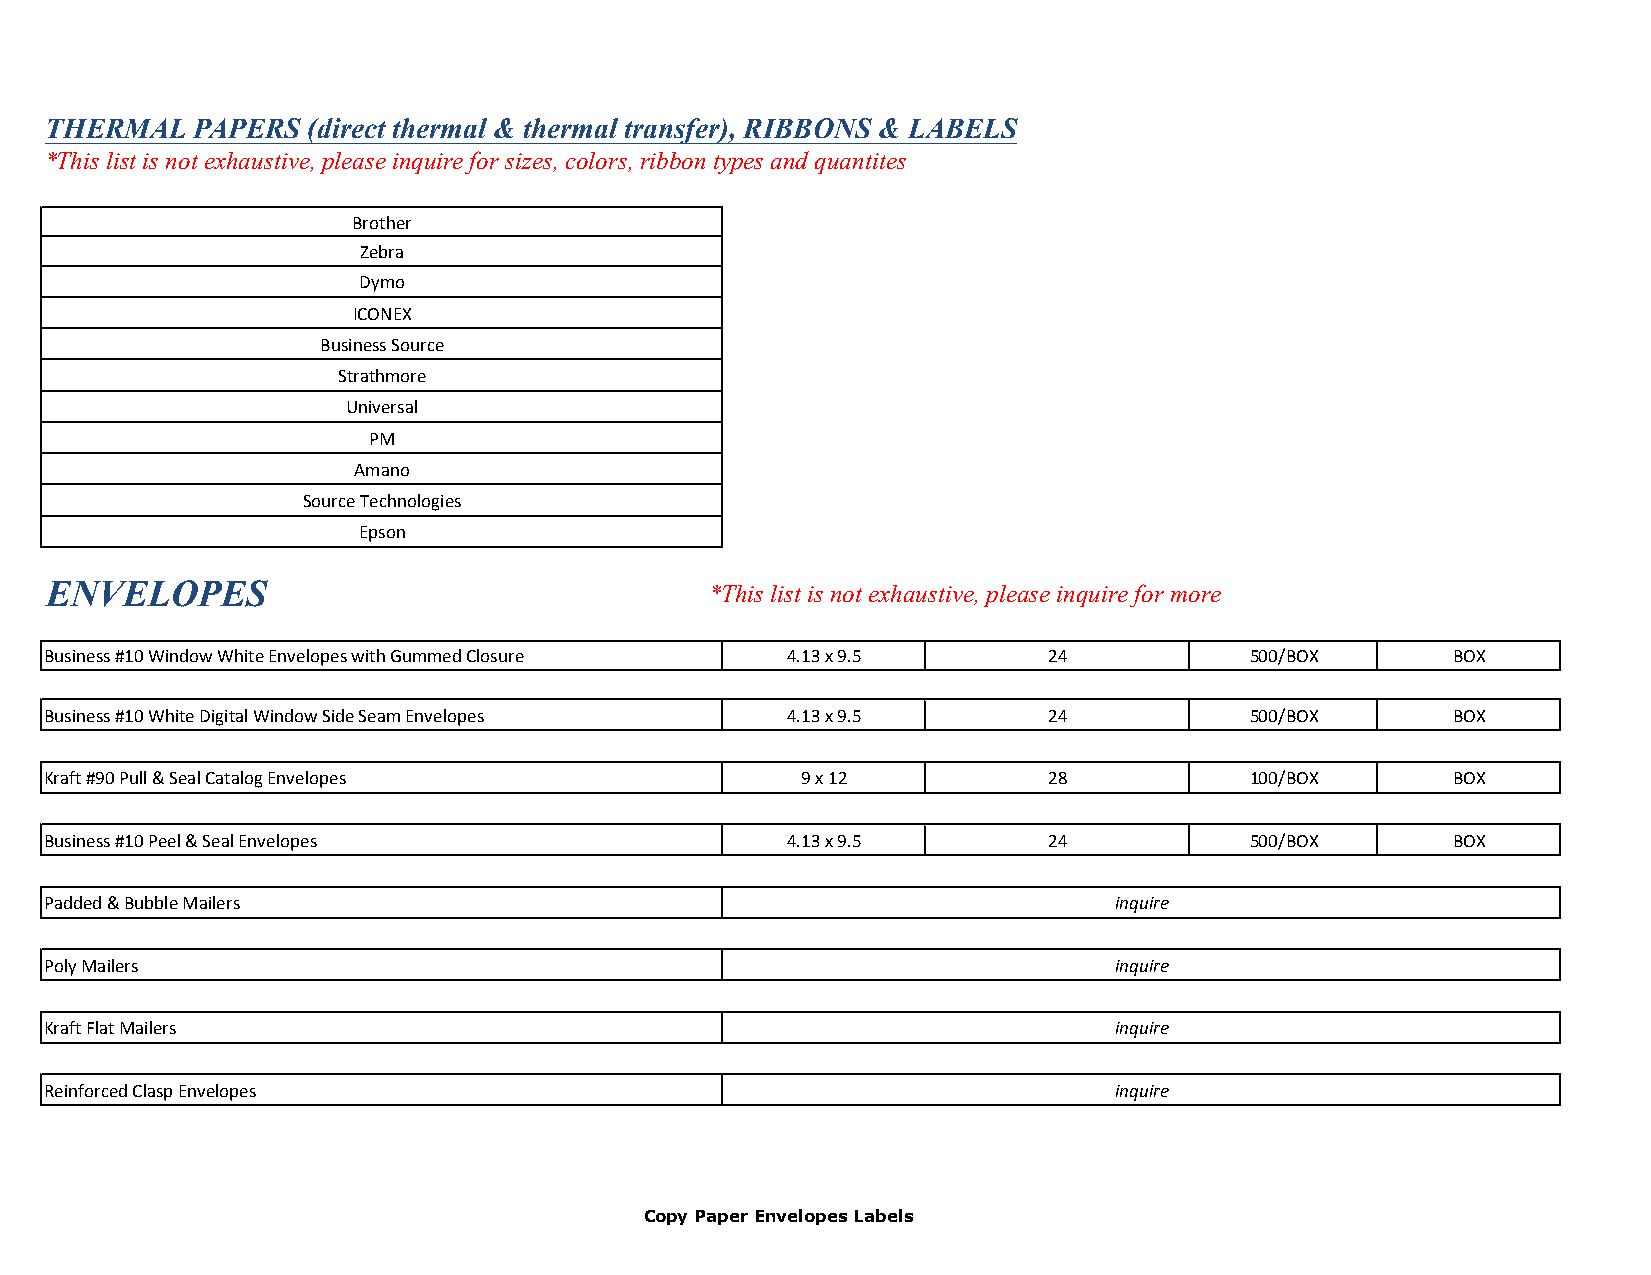
THERMAL   PAPERS (direct thermal & thermal transfer), RIBBONS & LABELS
 *This list is not exhaustive, please inquire for sizes, colors, ribbon types and quantites
 Brother
 Zebra
 Dymo
 ICONEX
 Business Source
 Strathmore
 Universal
 PM
 Amano
 Source Technologies
 Epson
 ENVELOPES                                   *This list is not exhaustive, please inquire for more
 Business #10 Window White Envelopes with Gummed Closure 4.13 x 9.5 24           500/BOX      BOX
 Business #10 White Digital Window Side Seam Envelopes 4.13 x 9.5  24            500/BOX      BOX
 Kraft #90 Pull & Seal Catalog Envelopes           9 x 12          28            100/BOX      BOX
 Business #10 Peel & Seal Envelopes               4.13 x 9.5       24            500/BOX      BOX
 Padded & Bubble Mailers                                                inquire
 Poly Mailers                                                           inquire
 Kraft Flat Mailers                                                     inquire
 Reinforced Clasp Envelopes                                             inquire
 Copy Paper Envelopes Labels